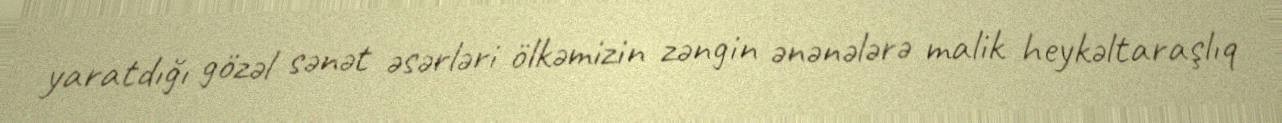
yaratdığı gözəl sənət əsərləri ölkəmizin zəngin ənənələrə malik heykəltaraşlıq